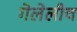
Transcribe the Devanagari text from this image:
गेलेलीच